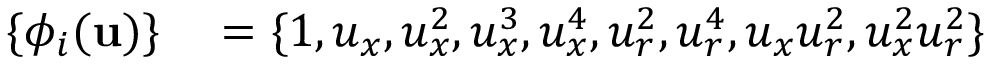
\begin{array} { r l } { \{ \phi _ { i } ( \mathbf { u } ) \} } & { { } = \{ 1 , u _ { x } , u _ { x } ^ { 2 } , u _ { x } ^ { 3 } , u _ { x } ^ { 4 } , u _ { r } ^ { 2 } , u _ { r } ^ { 4 } , u _ { x } u _ { r } ^ { 2 } , u _ { x } ^ { 2 } u _ { r } ^ { 2 } \} } \end{array}